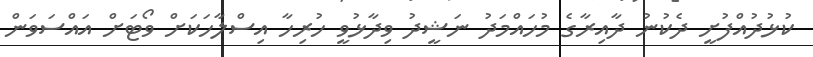
ކުޅުދުއްފުށީ ދެކުނު ދާއިރާގެ މުހައްމަދު ނަޝީދު ވިދާޅުވީ ހުރިހާ އިސްލާހަކަށް ވޯޓަށް އައްސަވަން